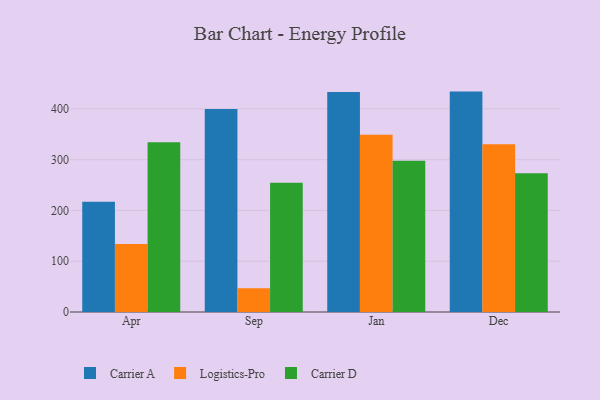
{"axis": {"x": "Month", "y": "Tickets Resolved"}, "legend": ["Carrier A", "Carrier D", "Logistics-Pro"], "data": [{"x": "Apr", "y": 217.1, "type": "Carrier A"}, {"x": "Apr", "y": 133.9, "type": "Logistics-Pro"}, {"x": "Apr", "y": 334.5, "type": "Carrier D"}, {"x": "Sep", "y": 399.7, "type": "Carrier A"}, {"x": "Sep", "y": 46.7, "type": "Logistics-Pro"}, {"x": "Sep", "y": 254.6, "type": "Carrier D"}, {"x": "Jan", "y": 433.0, "type": "Carrier A"}, {"x": "Jan", "y": 349.2, "type": "Logistics-Pro"}, {"x": "Jan", "y": 298.0, "type": "Carrier D"}, {"x": "Dec", "y": 434.0, "type": "Carrier A"}, {"x": "Dec", "y": 330.2, "type": "Logistics-Pro"}, {"x": "Dec", "y": 273.2, "type": "Carrier D"}]}